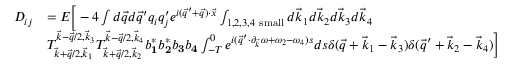
\begin{array} { r l } { D _ { i j } } & { = E \Big [ - 4 \int d \vec { q } d \vec { q } ^ { \prime } q _ { i } q _ { j } ^ { \prime } e ^ { i ( \vec { q } ^ { \prime } + \vec { q } ) \cdot \vec { x } } \int _ { 1 , 2 , 3 , 4 \mathrm { ~ s m a l l } } d \vec { k } _ { 1 } d \vec { k } _ { 2 } d \vec { k } _ { 3 } d \vec { k } _ { 4 } } \\ & { T _ { \vec { k } + \vec { q } / 2 , \vec { k } _ { 1 } } ^ { \vec { k } - \vec { q } / 2 , \vec { k } _ { 3 } } T _ { \vec { k } + \vec { q } / 2 , \vec { k } _ { 2 } } ^ { \vec { k } - \vec { q } / 2 , \vec { k } _ { 4 } } b _ { \mathbf 1 } ^ { * } b _ { \mathbf 2 } ^ { * } b _ { \mathbf 3 } b _ { \mathbf 4 } \int _ { - T } ^ { 0 } e ^ { i ( \vec { q } ^ { \prime } \cdot \partial _ { \vec { k } } \omega + \omega _ { 2 } - \omega _ { 4 } ) s } d s \delta ( \vec { q } + \vec { k } _ { 1 } - \vec { k } _ { 3 } ) \delta ( \vec { q } ^ { \prime } + \vec { k } _ { 2 } - \vec { k } _ { 4 } ) \Big ] } \end{array}